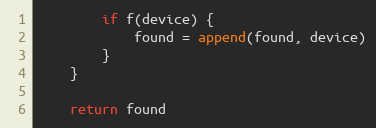
Language: Go
		if f(device) {
			found = append(found, device)
		}
	}

	return found